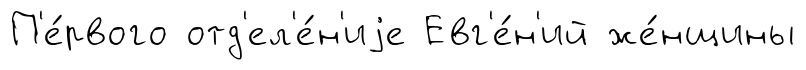
П'е́рвого отд'ел'е́н'иjе Евг'е́н'ий же́нщины